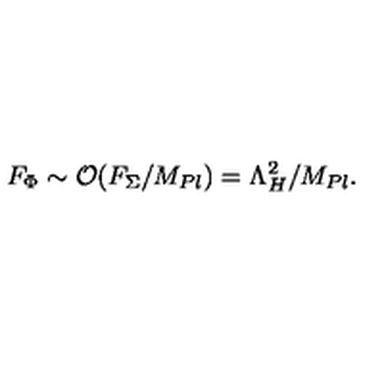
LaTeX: F _ { \Phi } \sim { \cal O } ( F _ { \Sigma } / M _ { P l } ) = \Lambda _ { H } ^ { 2 } / M _ { P l } .